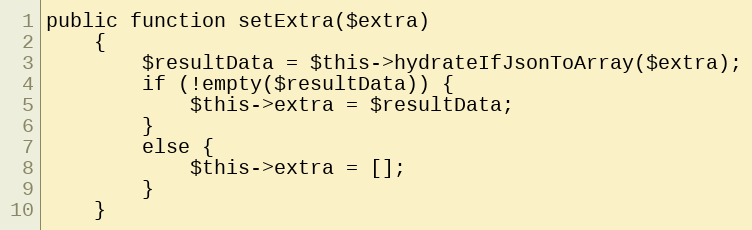
Language: PHP
public function setExtra($extra)
    {
        $resultData = $this->hydrateIfJsonToArray($extra);
        if (!empty($resultData)) {
            $this->extra = $resultData;
        }
        else {
            $this->extra = [];
        }
    }